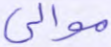
موالي